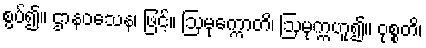
စွပ်၍။ ဌာနဝသေန၊ ဖြင့်။ ဩမုက္ကောတိ၊ ဩမုက္ကဟူ၍။ ဝုစ္စတိ၊